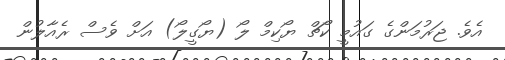
އެވެ. ޖަރުމަންގެ ގައުމީ ކޯޗް ޔޯކިމް ލޯ (ޔޯގީލޯ) އަށް ވެސް ރެއާލުން